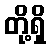
တို့ရှိ